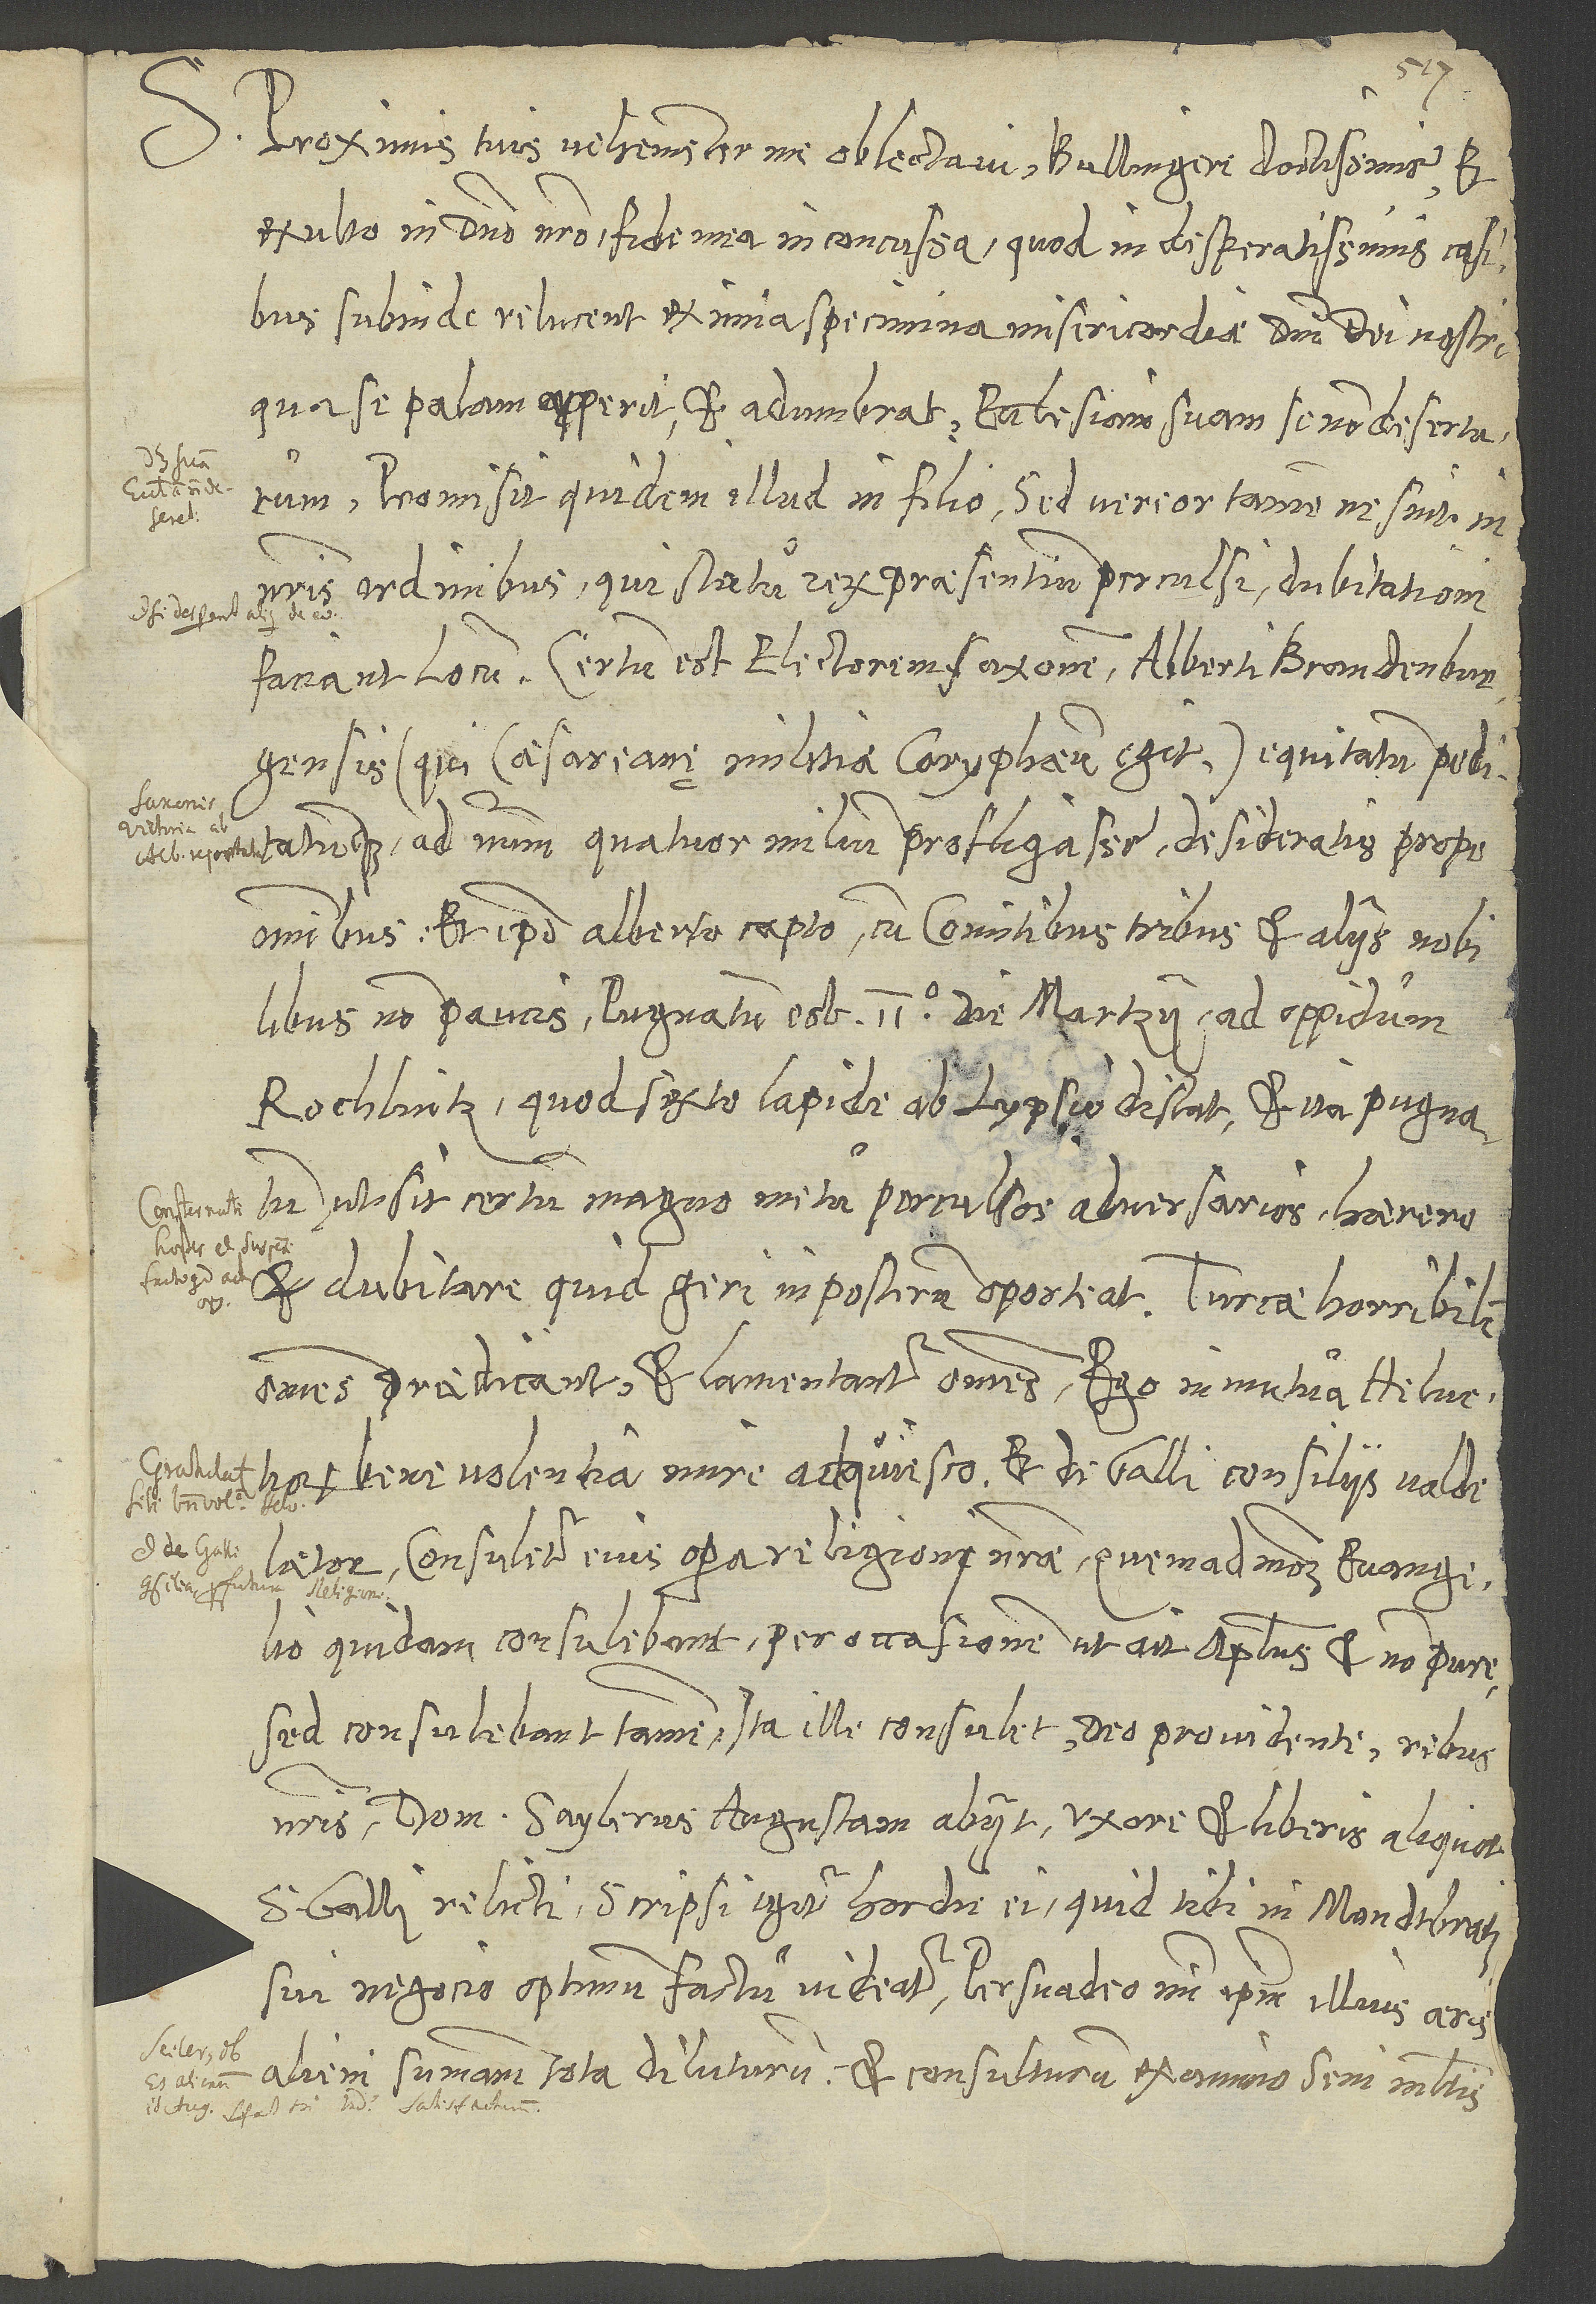
S. Proximis tuis vehementer me oblectavi, Bullingere doctissime, et
exulto in domino nostro fide mea inconcussa, quod in desperatissimis casibus
subinde relucent eximia specimina misericordiae domini dei nostri,
qua se palam apperit et adumbrat ecclesiam suam se non deserturum.
S.
Promisit quidem illud in filio; sed vereor tamen, ne sint in
nostris ordinibus, qui statu rerum praesentium perculsi dubitationi
(qui caesareanę militiae coryphaeus egit) equitatum peditumque
ad numerum quatuor milium profligasse, desideratis prope
omnibus et ipso Alberto capto cum comitibus tribus et aliis nobilibus
non paucis. Pugnatus est 2. die martzii ad oppidum
Rochlintz, quod sexto lapide ab Lypsio distat, et ita pugnatum,
ut sit certum, magno metu perculsos adversarios haerere
et dubitare, quid geri in posterum oporteat. Turcae horribilem
omnes praedicant et lamentantur omnes. Ego in mutua Helvetiorum
benevolentia mire adquiesco et de Galli consiliis valde
laetor. Consuletur eius opera religioni nostrae. Quemadmodum evangelio
quidam consulebant per occasionem, ut ait apostolus, et non pure,
sed consulebant tamen; ita ille consulet, deo providente rebus